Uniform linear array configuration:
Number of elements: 8
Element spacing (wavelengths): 1
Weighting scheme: exponential
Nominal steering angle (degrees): -45
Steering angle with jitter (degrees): -44.808
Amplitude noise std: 0.05
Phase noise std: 0.05

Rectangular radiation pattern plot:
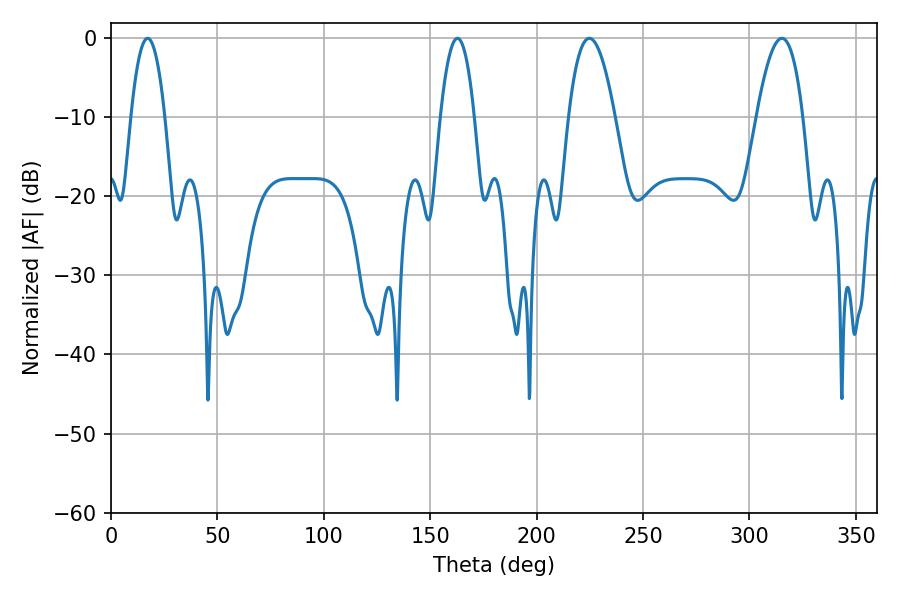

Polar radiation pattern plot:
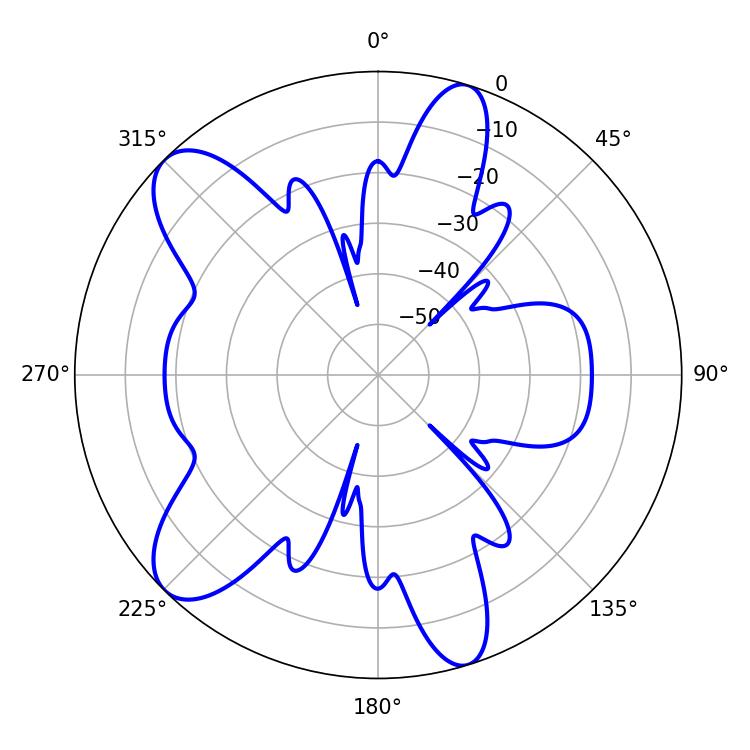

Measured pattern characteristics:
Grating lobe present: TRUE
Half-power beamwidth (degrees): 12.06
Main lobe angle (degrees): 224.82